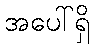
အပေါ်ရှိ